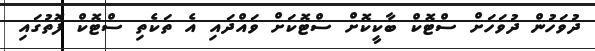
ދުވަހުން ދުވަހަށް ސްޓޮކް ބާކީކޮށް ސްޓޮކަށް ވައްދައި އެ ތަކެތި ސްޓޮކް ފޮތުގައި